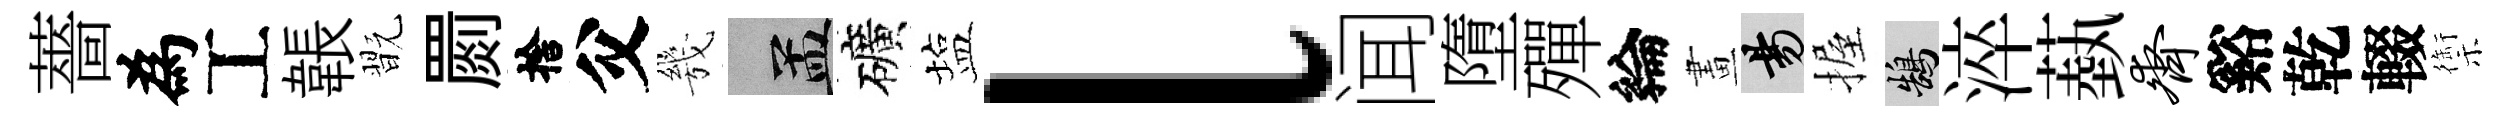
薔為工韔翫罽捨父㡬汴礦塩l闻墮殫綸畫昜握鵠淬蓺齐谿乾輟禦